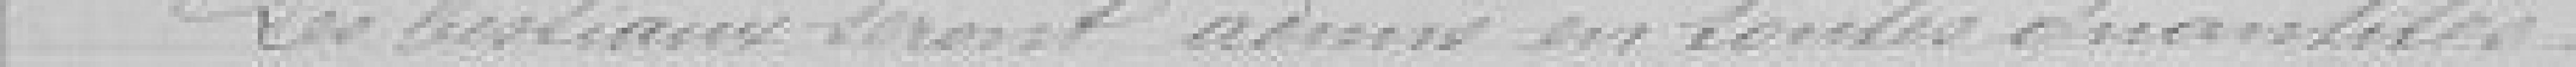
Les bestiaux seront admis en toutes quantités